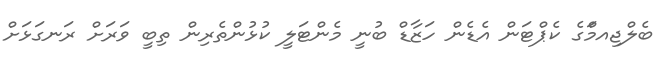
ބެލްޖިއމަްގެ ކެޕްޓަން އެޑެން ހަޒާޑް ބުނީ މެންޓަލީ ކުޅުންތެރިން ތިބީ ވަރަށް ރަނގަޅަށް